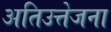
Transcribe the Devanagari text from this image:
अतिउत्तेजना